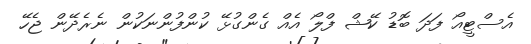
އެސްޓީއޯ ފަދަ ބޮޑު ކޭޝް ފްލޯ އެއް ގެންގުޅޭ ކުންފުންނަކުން ނެރެދޭން ޖެހޭ